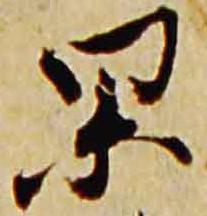
杲